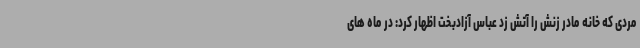
مردی که خانه مادر زنش را آتش زد عباس آزادبخت اظهار کرد: در ماه های